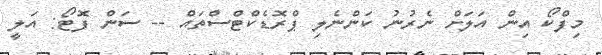
މިފްކޯ އިން އަލަށް ނެރުނު ކަންނެލި ޕްރޮޑެކްޓްސްތައް -- ސަން ފޮޓޯ: އަލީ